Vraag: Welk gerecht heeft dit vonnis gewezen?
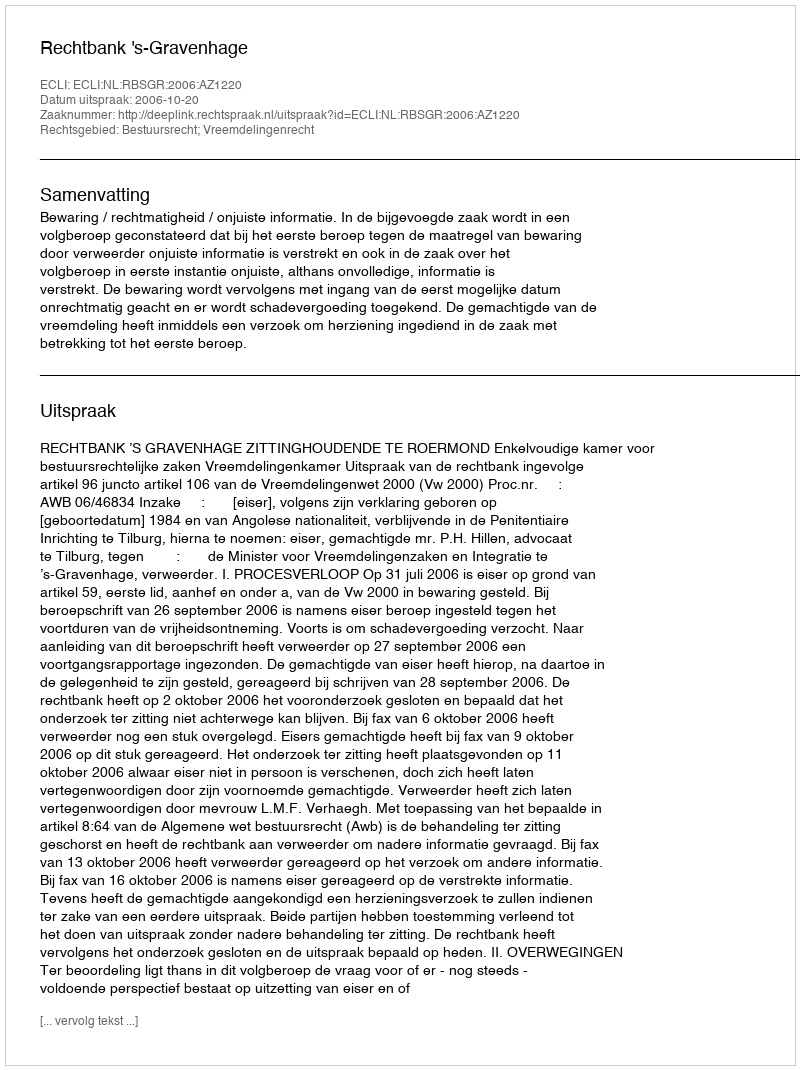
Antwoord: Rechtbank 's-Gravenhage